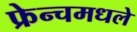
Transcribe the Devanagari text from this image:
फ्रेन्चमधले